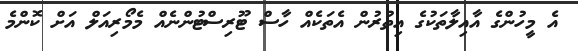
އެ މީހުންގެ އާއިލާތަކުގެ އިތުރުން އެތަކެއް ހާސް ޓޫރިސްޓުންނެއް މެމޯރިއަލް އަށް ކޮންމެ